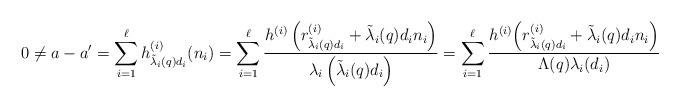
LaTeX: \begin{align*}0\neq a-a'&=\sum_{i=1}^{\ell}h^{(i)}_{\tilde{\lambda}_i(q)d_i}(n_i)=\sum_{i=1}^{\ell}\frac{h^{(i)}\left(r^{(i)}_{\tilde{\lambda}_i(q)d_i}+\tilde{\lambda}_i(q)d_in_i\right)}{\lambda_i\left(\tilde{\lambda}_i(q)d_i\right)}=\sum_{i=1}^{\ell}\frac{h^{(i)}\Big(r^{(i)}_{\tilde{\lambda}_i(q)d_i}+\tilde{\lambda}_i(q)d_in_i\Big)}{\Lambda(q)\lambda_i(d_i)}\end{align*}